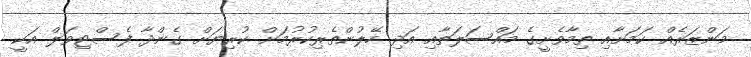
މަންޒަރެއް ކަމަށާއި ތިމާވެށީގެ މައްސަލަތާއި އަދި ހޭލުންތެރިކުރުމަށް ކުރިޔަށް ގެންދާ ފެސްޓިވަލް އަކީ